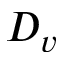
D _ { v }